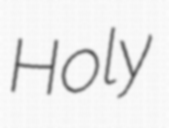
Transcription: Holy